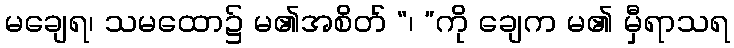
မချေရ၊ သမထော၌ မ၏အစိတ် “၊ ”ကို ချေက မ၏ မှီရာသရ